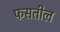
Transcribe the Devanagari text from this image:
फसतील